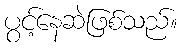
ပွင့်နေဆဲဖြစ်သည်။